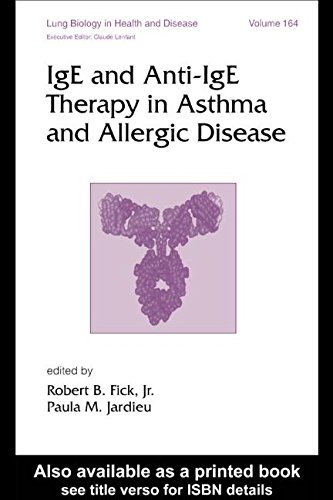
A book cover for IgE and Anti-IgE Therapy in Asthma and Allergic Disease (Lung Biology in Health and Disease); Health, Fitness & Dieting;